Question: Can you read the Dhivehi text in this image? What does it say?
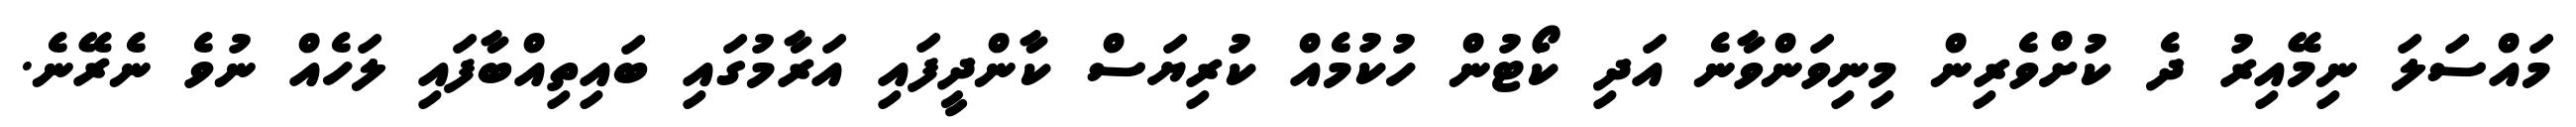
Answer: މައްސަލަ ނިމޭއިރު ދެ ކުށްވެރިން މިނިވަންވާނެ އަދި ކޯޓުން ހުކުމެއް ކުރިޔަސް ކާންދީފައި އަރާމުގައި ބައިތިއްބާފައި ލަހެއް ނުވެ ނެރޭނެ.